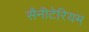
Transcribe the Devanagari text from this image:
सैनीटेरियम